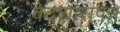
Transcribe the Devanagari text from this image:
वेदशासंपन्न